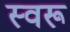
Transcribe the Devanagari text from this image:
स्वरू